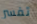
تفسر